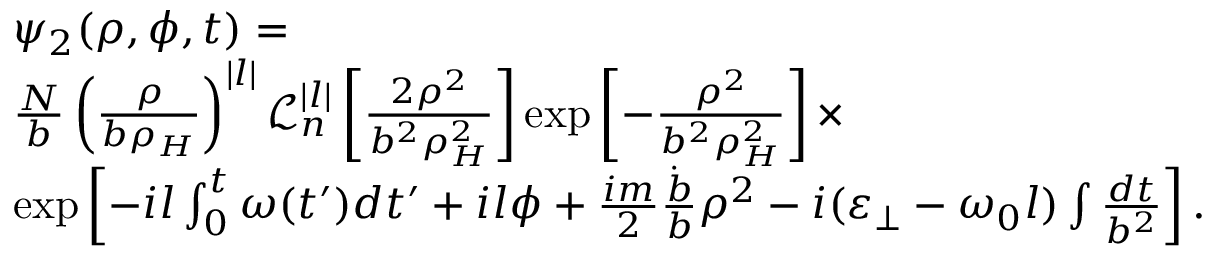
\begin{array} { r l } & { \psi _ { 2 } ( \rho , \phi , t ) = } \\ & { \frac { N } { b } \left( \frac { \rho } { b \rho _ { H } } \right) ^ { | l | } \mathcal { L } _ { n } ^ { | l | } \left[ \frac { 2 \rho ^ { 2 } } { b ^ { 2 } \rho _ { H } ^ { 2 } } \right] \exp \left[ - \frac { \rho ^ { 2 } } { b ^ { 2 } \rho _ { H } ^ { 2 } } \right] \times } \\ & { \exp \left[ - i l \int _ { 0 } ^ { t } \omega ( t ^ { \prime } ) d t ^ { \prime } + i l \phi + { \frac { i m } { 2 } \frac { \dot { b } } { b } \rho ^ { 2 } } - i ( \varepsilon _ { \perp } - \omega _ { 0 } l ) \int \frac { d t } { b ^ { 2 } } \right] . } \end{array}